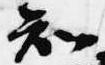
知